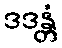
ဒဒန္တံ